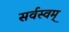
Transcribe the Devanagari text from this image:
सर्वस्वम्